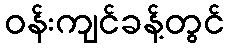
ဝန်းကျင်ခန့်တွင်